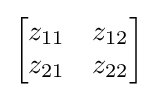
{\begin{bmatrix}z_{11}&z_{12}\\z_{21}&z_{22}\end{bmatrix}}